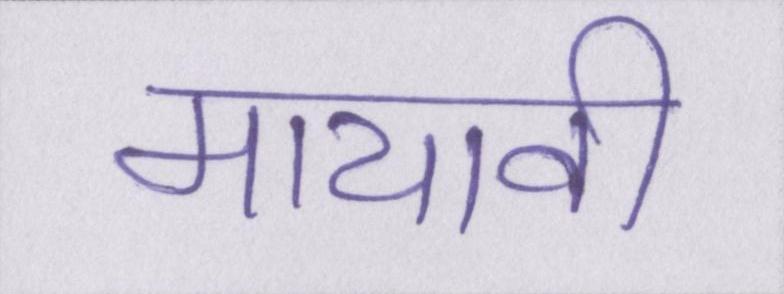
मायावी